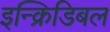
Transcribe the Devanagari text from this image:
इन्क्रिडिबल